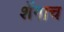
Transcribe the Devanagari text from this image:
शेंगाच